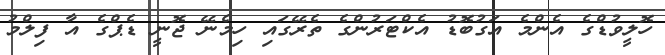
ހޮލީވުޑްގެ އެންމެ އަގުބޮޑު އެކްޓަރުންގެ ތެރޭގައި ހިމެނޭ ޖޮނީ ޑެޕްގެ އާ ފިލްމު